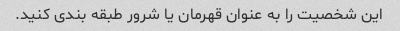
این شخصیت را به عنوان قهرمان یا شرور طبقه بندی کنید.